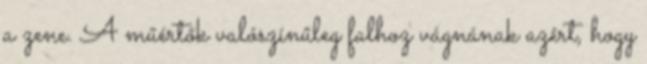
a zene. A műértők valószínűleg falhoz vágnának azért, hogy